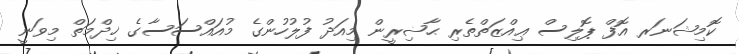
ކޮމިޝަނަރ އޮފް ޕޮލިސް ޢިއްޒަތްތެރި ޙާޟިރީން މިއަދު ފުލުހުންގެ މުއައްސަސާގެ ޚިދްމަތް މިވަނީ